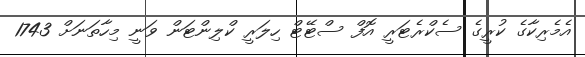
އެމެރިކާގެ ކުރީގެ ސެކްރެޓަރީ އޮފް ސްޓޭޓް ހިލަރީ ކްލިންޓަން ވަނީ މިހާތަނަށް 1743